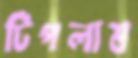
টিপলাম